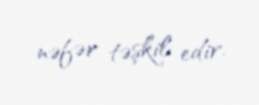
nəfər təşkil edir.